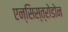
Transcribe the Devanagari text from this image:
एन्सिस्त्रोडोन